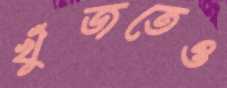
খুঁজতেও